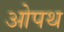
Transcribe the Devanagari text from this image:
ओपथ